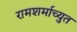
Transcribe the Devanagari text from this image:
रामशर्माच्युत